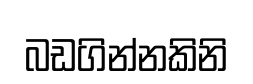
බඩගින්නකිනි